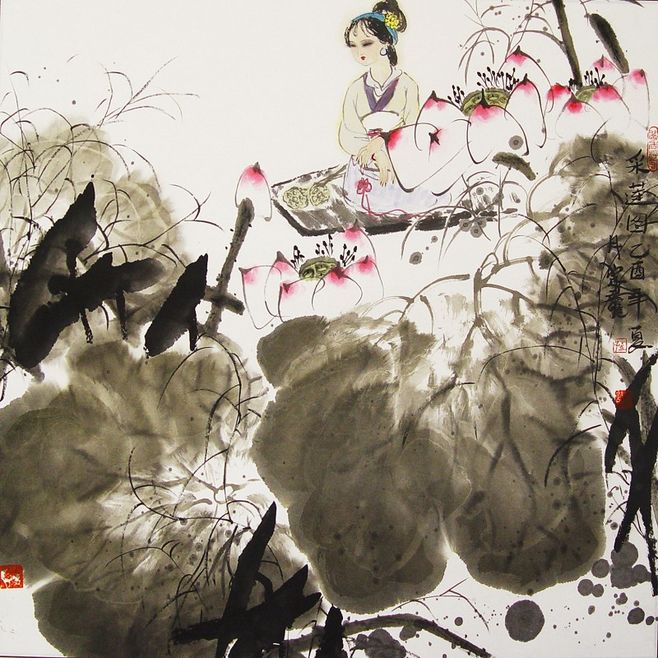
大嫂采芙蓉，溪湖千万重。